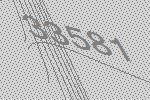
33581